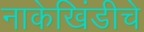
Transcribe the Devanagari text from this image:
नाकेखिंडीचे